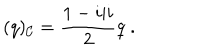
( q ) _ { \cal C } = \frac { 1 - i \vert i } { 2 } q \; .